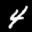
Label: 4